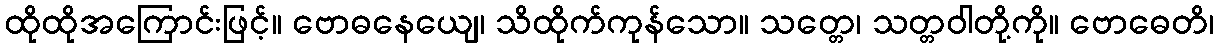
ထိုထိုအကြောင်းဖြင့်။ ဗောဓနေယျေ၊ သိထိုက်ကုန်သော။ သတ္တေ၊ သတ္တဝါတို့ကို။ ဗောဓေတိ၊